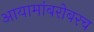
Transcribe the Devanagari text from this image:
आयामांबरोबरच